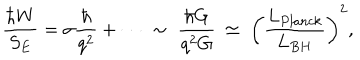
LaTeX: \frac { \hbar W } { S _ { E } } = \sigma \frac { \hbar } { q ^ { 2 } } + \cdots \; \sim \; \frac { \hbar G } { q ^ { 2 } G } \: \simeq \; \biggl ( \frac { L _ { P l a n c k } } { L _ { B H } } \biggr ) ^ { 2 } ,